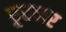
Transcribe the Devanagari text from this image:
छूतदार